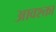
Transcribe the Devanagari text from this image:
आवश्क्ता